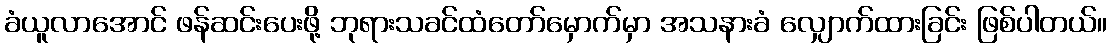
ခံယူလာအောင် ဖန်ဆင်းပေးဖို့ ဘုရားသခင်ထံတော်မှောက်မှာ အသနားခံ လျှောက်ထားခြင်း ဖြစ်ပါတယ်။